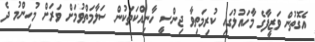
އެގޮތުން ވަޒީފާގެ މާހައުލުގައި ކުރިމަތިވާ ޖިންސީ ހާނިއްކަތަކުން ސަލާމަތްވުމަށް ވަރަށް މުހިންމު ދެ